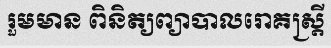
រួមមាន ពិនិត្យព្យាបាលរោគស្ត្រី